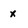
Character: x